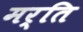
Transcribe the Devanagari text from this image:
मर्ति